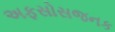
અફસોસજનક